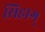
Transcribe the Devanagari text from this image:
सिहाग्